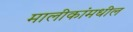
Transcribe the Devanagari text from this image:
मालीकांमधील